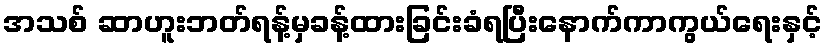
အသစ် ဆာဟူးဘတ်ရန့်မှခန့်ထားခြင်းခံရပြီးနောက်ကာကွယ်ရေးနှင့်